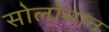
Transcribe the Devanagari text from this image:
सोलोमान